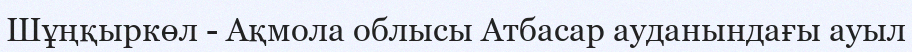
Шұңқыркөл - Ақмола облысы Атбасар ауданындағы ауыл